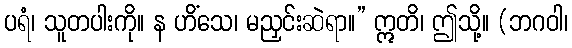
ပရံ၊ သူတပါးကို။ န ဟိံသေ၊ မညှင်းဆဲရာ။” ဣတိ၊ ဤသို့။ (ဘဂဝါ၊